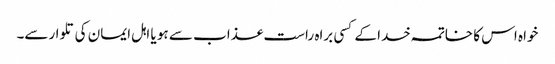
خواہ اس کا خاتمہ خدا کے کسی براہ راست عذاب سے ہو یا اہل ایمان کی تلوارسے۔